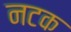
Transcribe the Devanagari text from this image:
नटक